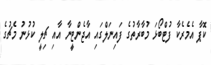
ކޮޕާ އެމެރެކާ ފުޓްބޯޅަ މުބާރާތުގެ ފައިނަލްގައި އާޖެންޓީނާ އާއި ޗިލީ ކުޅުނު މެޗުގެ